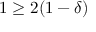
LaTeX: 1 \geq 2 ( 1 - \delta )